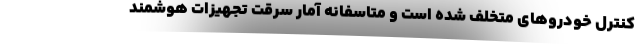
کنترل خودرو‌های متخلف شده است و متاسفانه آمار سرقت تجهیزات هوشمند